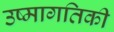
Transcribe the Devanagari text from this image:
उष्‍मागतिकी